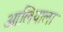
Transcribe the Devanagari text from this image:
आलियाला